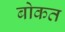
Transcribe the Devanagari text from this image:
बोकत